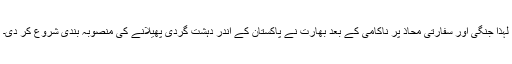
لہذا جنگی اور سفارتی محاذ پر ناکامی کے بعد بھارت نے پاکستان کے اندر دہشت گردی پھیلانے کی منصوبہ بندی شروع کر دی۔